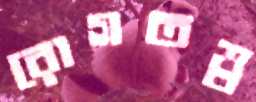
রোগতত্ত্ব